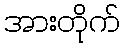
အားတိုက်